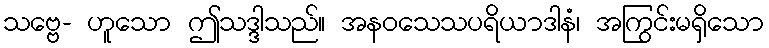
သဗ္ဗေ- ဟူသော ဤသဒ္ဒါသည်။ အနဝသေသပရိယာဒါနံ၊ အကြွင်းမရှိသော